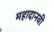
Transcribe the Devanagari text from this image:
महादानवी